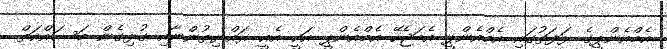
އެމްއެންޕީގެ ޅަފަތުގައި އެމްއެންޕީ އެބަޖެހޭ އެމްއެންޕީ އަކީ އެއީ ރައްޔިތުންނާއި ގުޅިގެން މަސައްކަތް